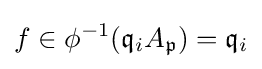
f\in \phi ^{-1}({\mathfrak {q}}_{i}A_{\mathfrak {p}})={\mathfrak {q}}_{i}